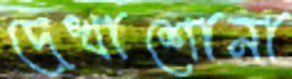
দেখাশোনা